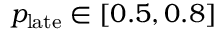
p _ { \mathrm { l a t e } } \in [ 0 . 5 , 0 . 8 ]